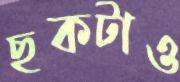
ছকটাও